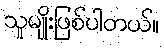
သူမျိုးဖြစ်ပါတယ်။